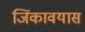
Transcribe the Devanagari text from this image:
जिंकावयास